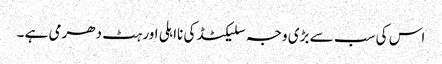
اس کی سب سے بڑی وجہ سلیکٹڈ کی نااہلی اور ہٹ دھرمی ہے ۔